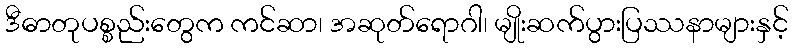
ဒီဓာတုပစ္စည်းတွေက ကင်ဆာ၊ အဆုတ်ရောဂါ၊ မျိုးဆက်ပွားပြဿနာများနှင့်